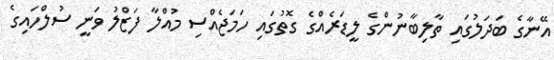
އޭނާގެ ބަދަލުގައި ތާލިބާނުންގެ ލީޑަރެއްގެ ގޮތުގައި ހަމަޖެއްސި މުއްލާ ފަޒްލު ވަނީ ސުލްހައިގެ